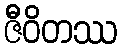
ဇီဝိတဿ